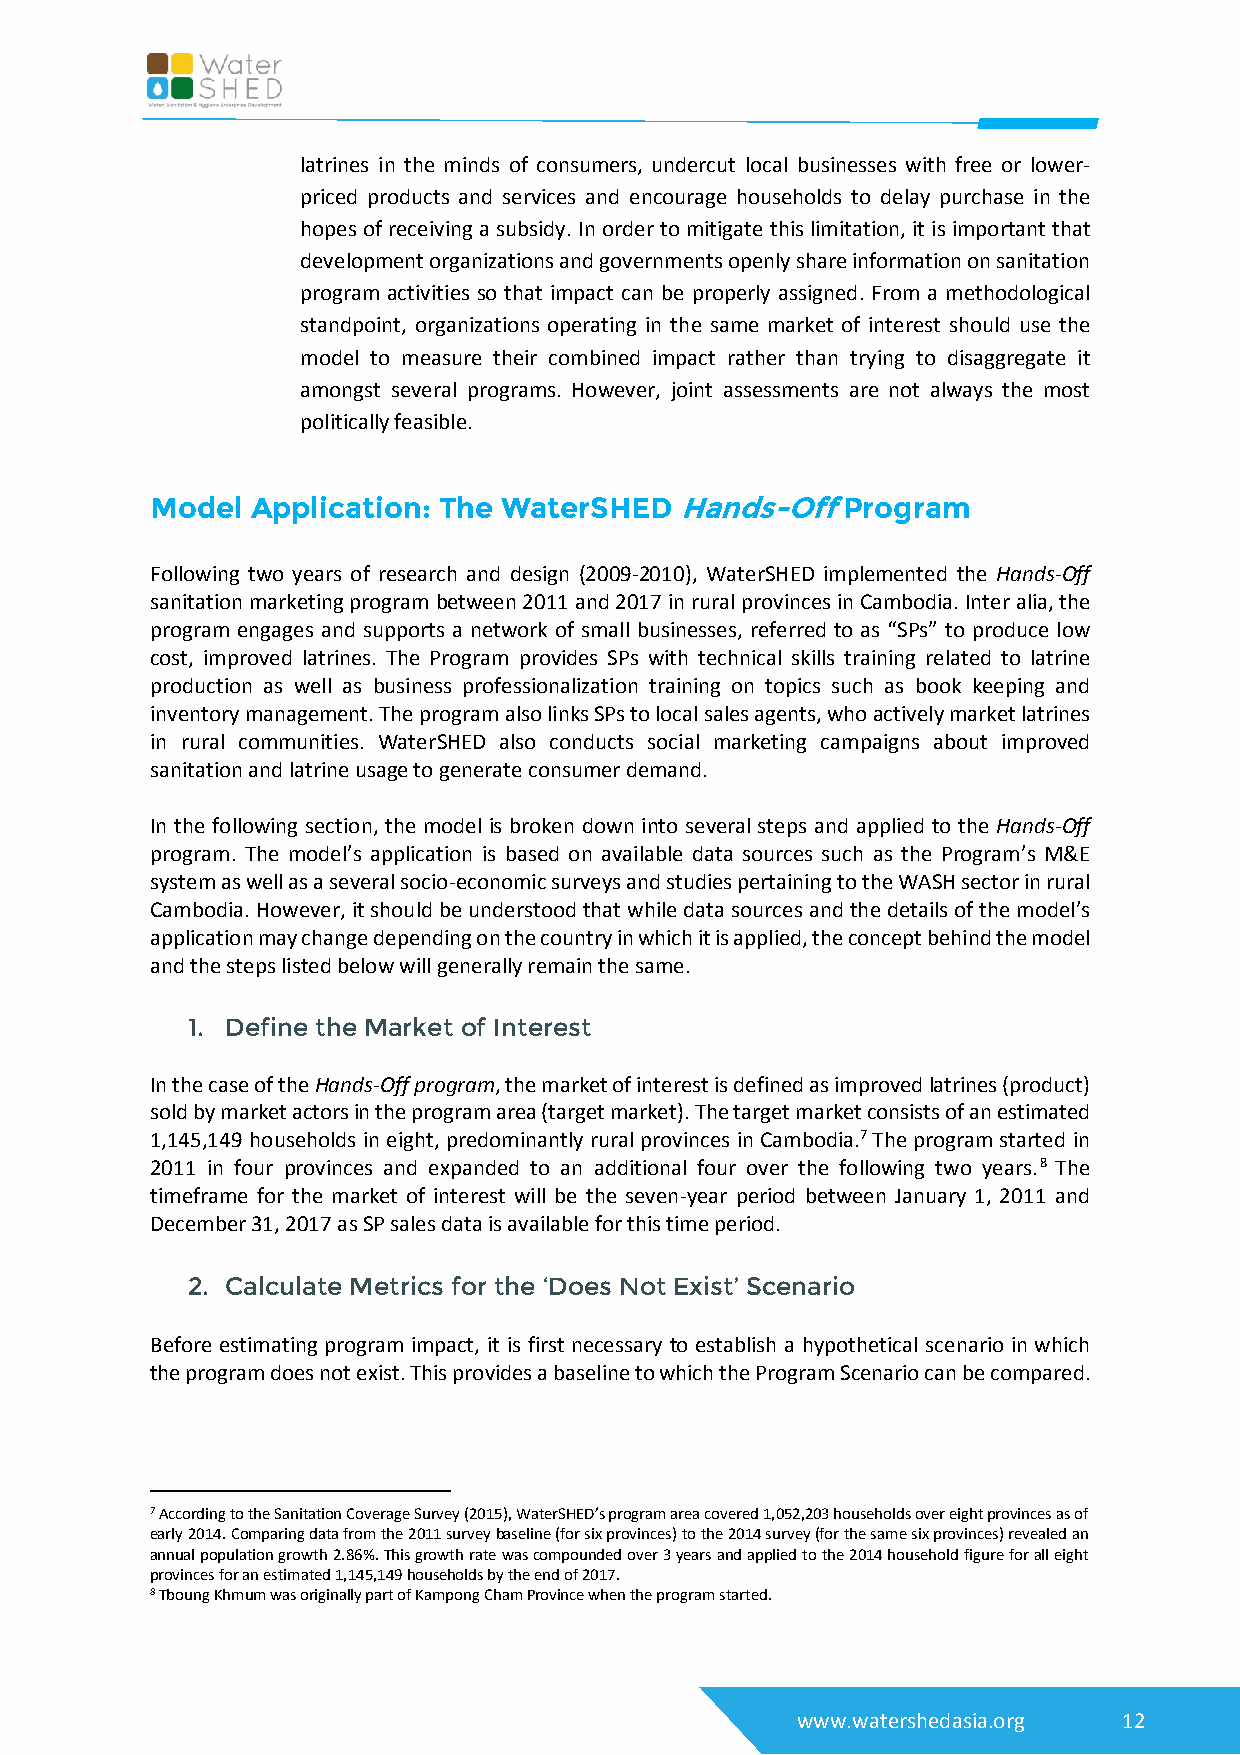
latrines in the minds of consumers, undercut local businesses with free or lower-
 priced products and services and encourage households to delay purchase in the
 hopes of receiving a subsidy. In order to mitigate this limitation, it is important that
 development organizations and governments openly share information on sanitation
 program activities so that impact can be properly assigned. From a methodological
 standpoint, organizations operating in the same market of interest should use the
 model to measure their combined impact rather than trying to disaggregate it
 amongst several programs. However, joint assessments are not always the most
 politically feasible.
 Model  Application: The WaterSHED  Hands-Off  Program
 Following two years of research and design (2009-2010), WaterSHED implemented the Hands-Off
 sanitation marketing program between 2011 and 2017 in rural provinces in Cambodia. Inter alia, the
 program engages and supports a network of small businesses, referred to as “SPs” to produce low
 cost, improved latrines. The Program provides SPs with technical skills training related to latrine
 production as well as business professionalization training on topics such as book keeping and
 inventory management. The program also links SPs to local sales agents, who actively market latrines
 in rural communities. WaterSHED also conducts social marketing campaigns about improved
 sanitation and latrine usage to generate consumer demand.
 In the following section, the model is broken down into several steps and applied to the Hands-Off
 program. The model’s application is based on available data sources such as the Program’s M&E
 system as well as a several socio-economic surveys and studies pertaining to the WASH sector in rural
 Cambodia. However, it should be understood that while data sources and the details of the model’s
 application may change depending on the country in which it is applied, the concept behind the model
 and the steps listed below will generally remain the same.
 1. Define the Market of Interest
 In the case of the Hands-Off program, the market of interest is defined as improved latrines (product)
 sold by market actors in the program area (target market). The target market consists of an estimated
 1,145,149 households in eight, predominantly rural provinces in Cambodia.7 The program started in
 2011 in four provinces and expanded to an additional four over the following two years.8 The
 timeframe for the market of interest will be the seven-year period between January 1, 2011 and
 December 31, 2017 as SP sales data is available for this time period.
 2. Calculate Metrics for the ‘Does Not Exist’ Scenario
 Before estimating program impact, it is first necessary to establish a hypothetical scenario in which
 the program does not exist. This provides a baseline to which the Program Scenario can be compared.
 7 According to the Sanitation Coverage Survey (2015), WaterSHED’s program area covered 1,052,203 households over eight provinces as of
 early 2014. Comparing data from the 2011 survey baseline (for six provinces) to the 2014 survey (for the same six provinces) revealed an
 annual population growth 2.86%. This growth rate was compounded over 3 years and applied to the 2014 household figure for all eight
 provinces for an estimated 1,145,149 households by the end of 2017.
 8 Tboung Khmum was originally part of Kampong Cham Province when the program started.
 www.watershedasia.org 12